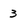
Character: 3